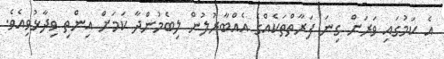
އެ ކަމުގައި ވަރަށް ގިނަ ފަރާތްތަކެއްގެ އެއްބާރުލުން ލިބެމުންދާ ކަމަށް އިންތި ވިދާޅުވިއެވެ.